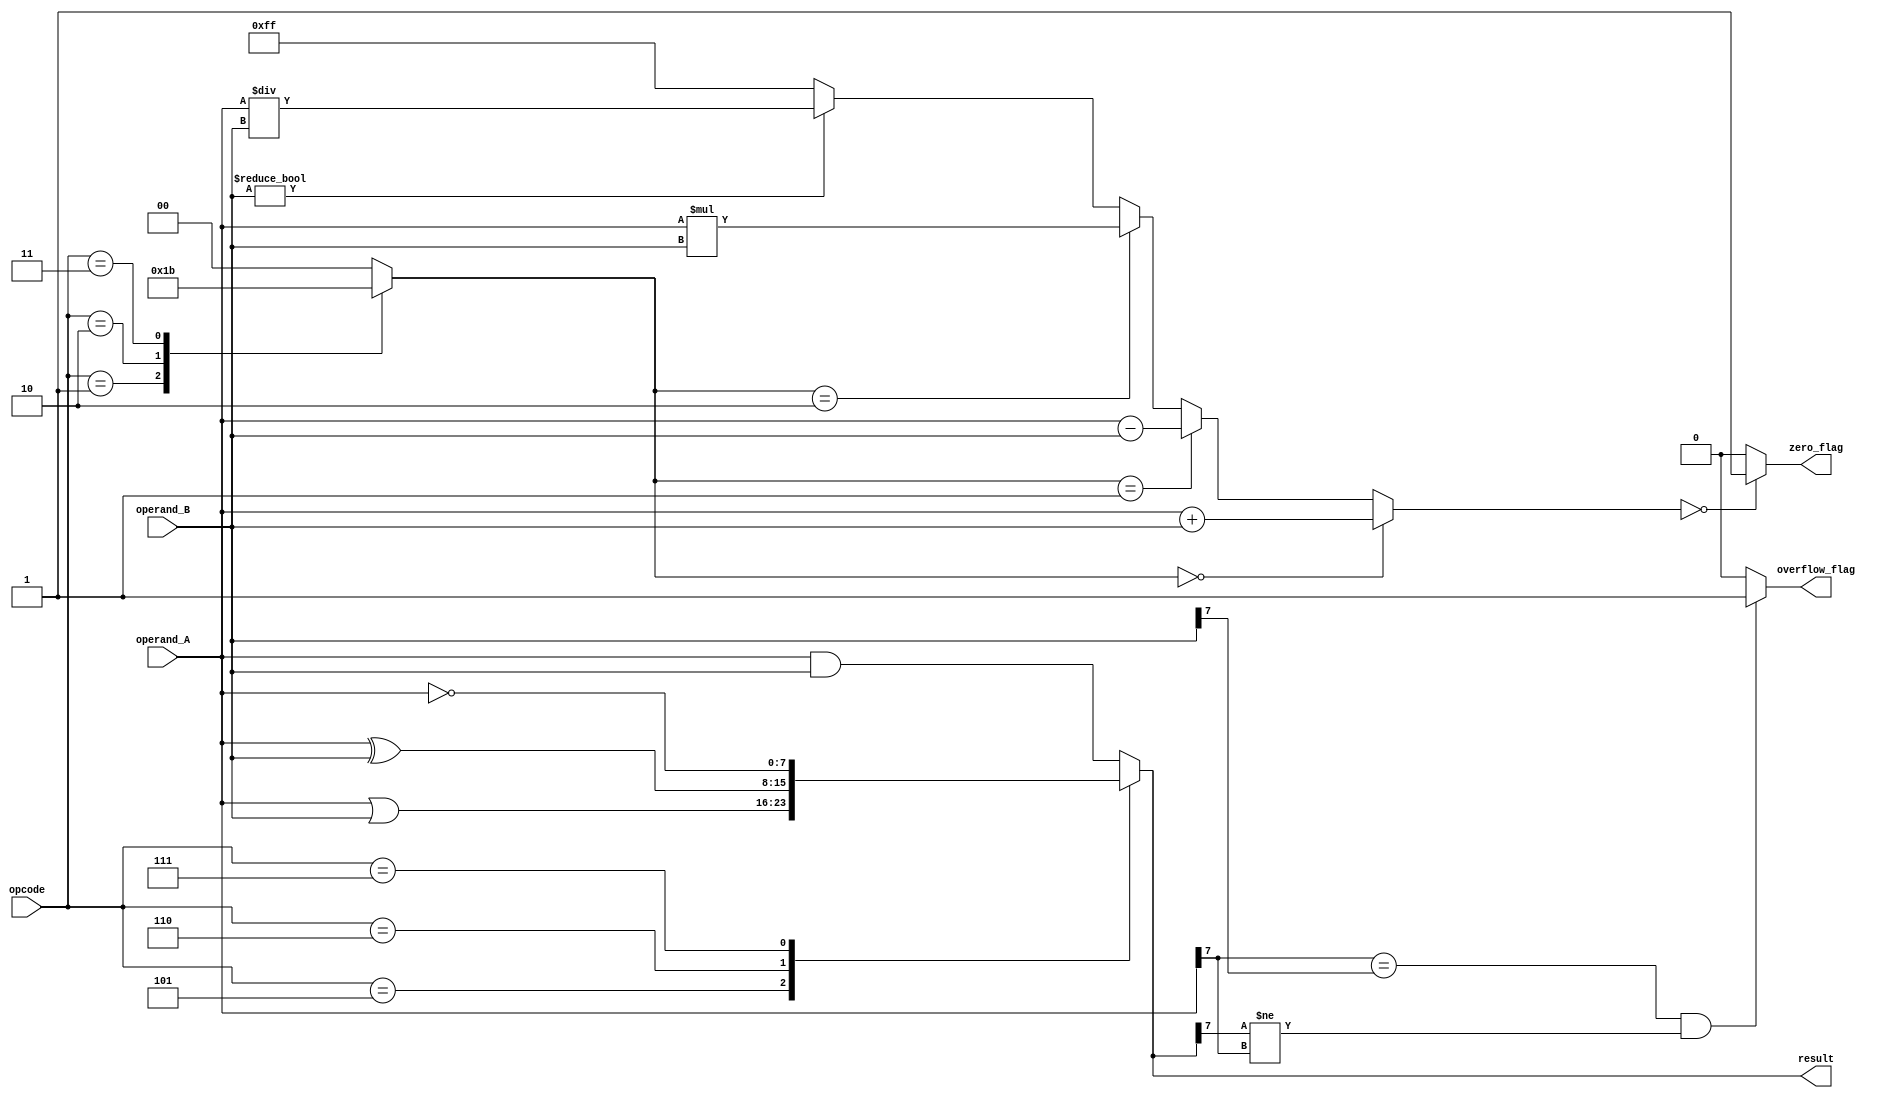
module ALU (
    input wire [3:0] opcode,
    input wire [7:0] operand_A,
    input wire [7:0] operand_B,
    output reg [7:0] result,
    output reg zero_flag,
    output reg overflow_flag
    );

// Internal signals and variables
reg [8:0] temp_result;
reg [1:0] operation;

// Arithmetic operations
always @ (*) begin
    case (opcode)
        4'b0000: operation = 2'b00; // Addition
        4'b0001: operation = 2'b01; // Subtraction
        4'b0010: operation = 2'b10; // Multiplication
        4'b0011: operation = 2'b11; // Division
        default: operation = 2'b00; // Default to addition
    endcase

    // Perform arithmetic operation based on opcode
    if (operation == 2'b00) begin
        temp_result = operand_A + operand_B;
    end else if (operation == 2'b01) begin
        temp_result = operand_A - operand_B;
    end else if (operation == 2'b10) begin
        temp_result = operand_A * operand_B;
    end else begin // Division operation
        if (operand_B != 0) begin
            temp_result = operand_A / operand_B;
        end else begin
            temp_result = 8'hFF; // Handle division by zero
        end
    end

    // Check for overflow
    if ((operand_A[7] == operand_B[7]) && (temp_result[7] != operand_A[7])) begin
        overflow_flag = 1;
    end else begin
        overflow_flag = 0;
    end
    
    // Set zero flag if result is zero
    zero_flag = (temp_result == 0) ? 1 : 0;
    
    // Assign final result
    result = temp_result[7:0];
end

// Logical operations
always @ (*) begin
    case (opcode)
        4'b0100: result = operand_A & operand_B; // AND operation
        4'b0101: result = operand_A | operand_B; // OR operation
        4'b0110: result = operand_A ^ operand_B; // XOR operation
        4'b0111: result = ~operand_A; // NOT operation
        default: result = operand_A & operand_B; // Default to AND
    endcase
end

endmodule